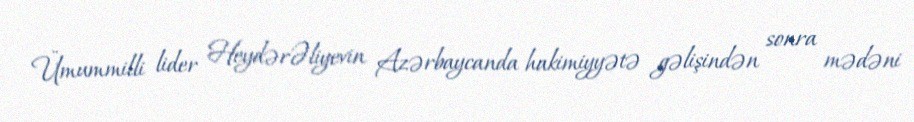
Ümummilli lider HeydərƏliyevin Azərbaycanda hakimiyyətə gəlişindən sonra mədəni